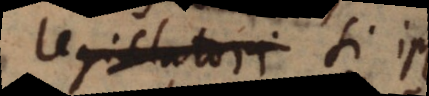
legislatori si ipse